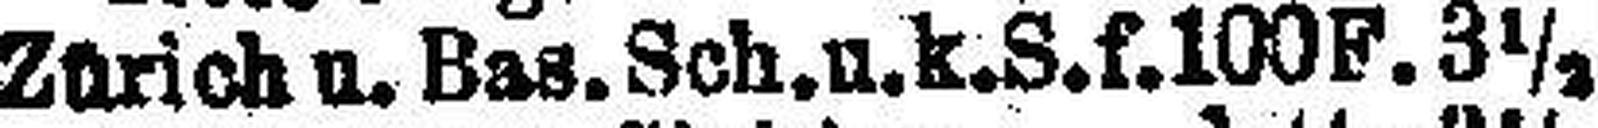
Zürich u. Bas. Sch. i. k. S. f. 100 F. 3½